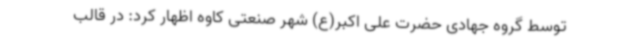
توسط گروه جهادی حضرت علی اکبر(ع) شهر صنعتی کاوه اظهار کرد: در قالب